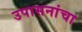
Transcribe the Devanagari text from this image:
उपासनांचा